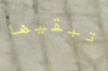
تبقيها